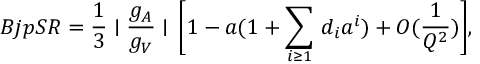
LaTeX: B j p S R = \frac { 1 } { 3 } \mid \frac { g _ { A } } { g _ { V } } \mid \, \bigg [ 1 - a ( 1 + \sum _ { i \geq 1 } \, d _ { i } a ^ { i } ) + O ( \frac { 1 } { Q ^ { 2 } } ) \bigg ] ,